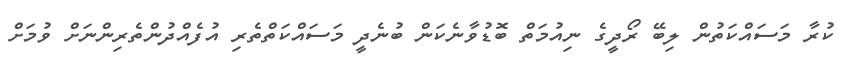
ކުރާ މަސައްކަތުން ލިބޭ ރޯދީގެ ނިއުމަތް ބޮޑުވާނެކަން ބުނެދީ މަސައްކަތްތެރި އުފެއްދުންތެރިންނަށް ވުމަށް